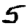
Digit: 5